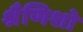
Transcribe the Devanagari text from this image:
श्रैणिशो